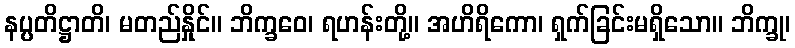
နပ္ပတိဋ္ဌာတိ၊ မတည်နှိုင်။ ဘိက္ခဝေ၊ ရဟန်းတို့။ အဟိရိကော၊ ရှက်ခြင်းမရှိသော။ ဘိက္ခု၊